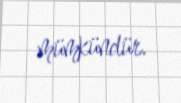
mümkündür.